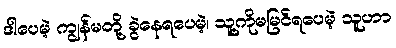
ဒါပေမဲ့ ကျွန်မတို့ ခွဲနေရပေမဲ့၊ သူ့ကိုမမြင်ရပေမဲ့ သူဟာ